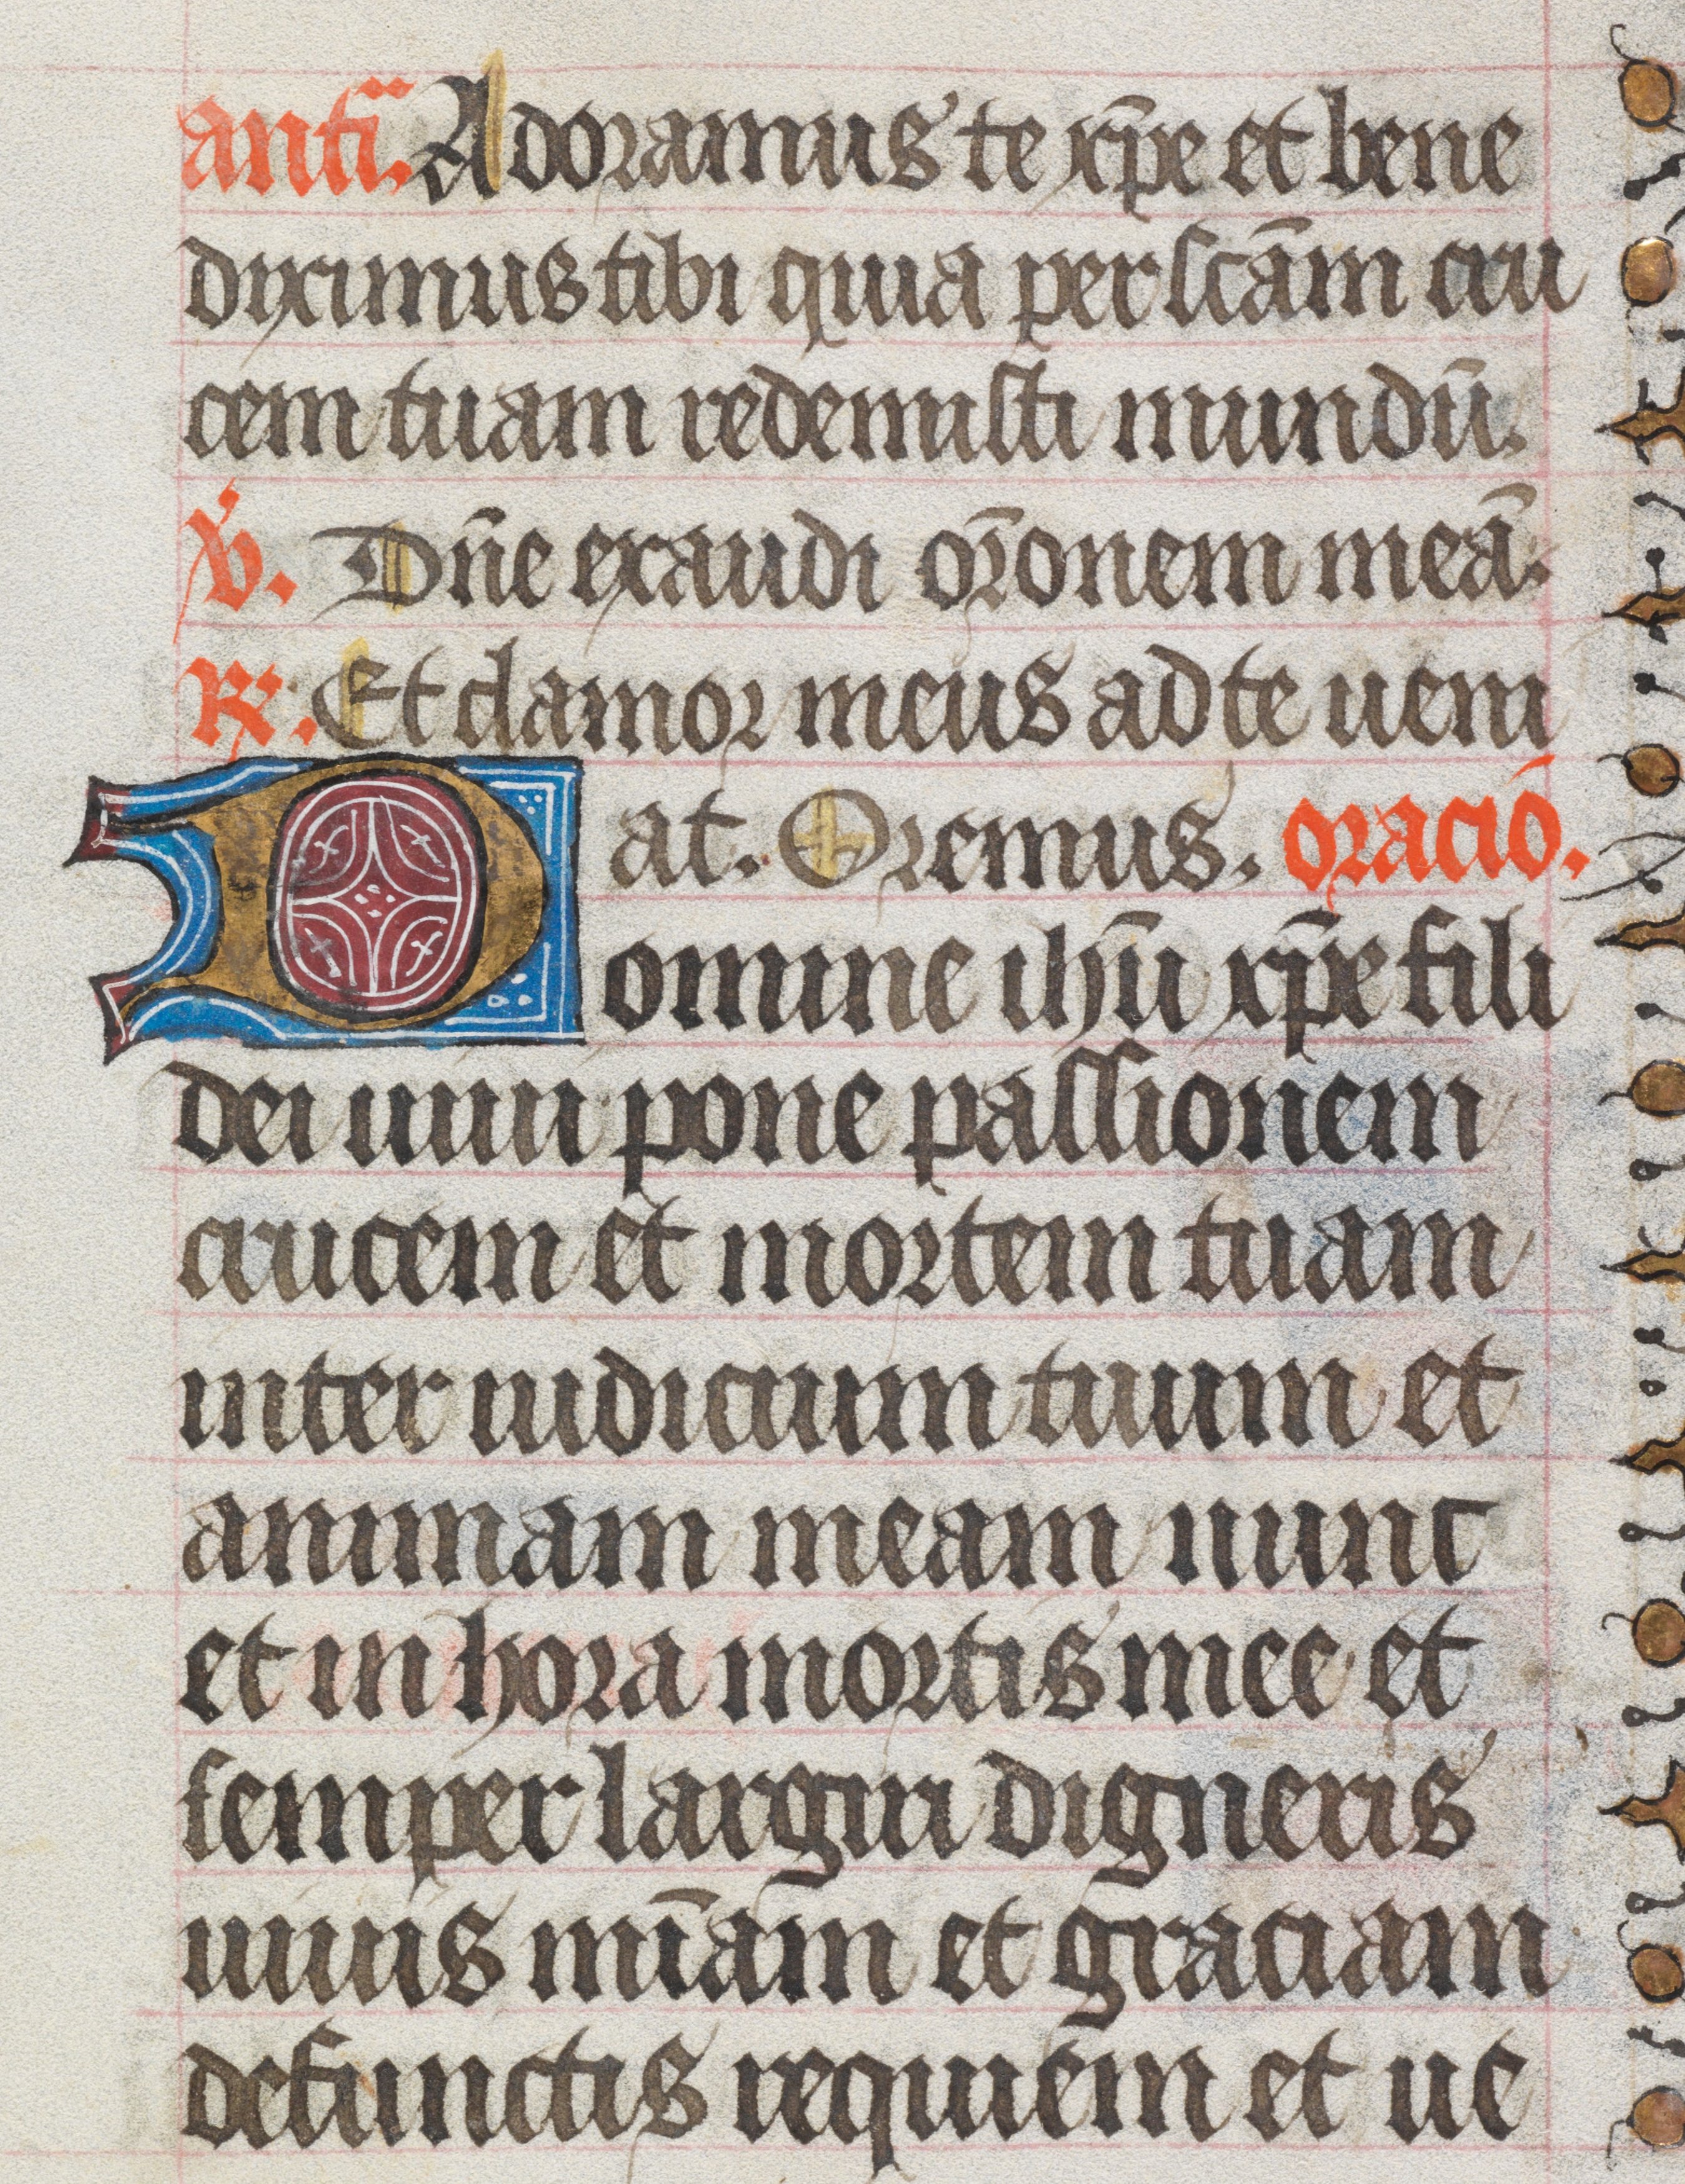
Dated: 1450–1499